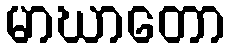
မာဃာတော